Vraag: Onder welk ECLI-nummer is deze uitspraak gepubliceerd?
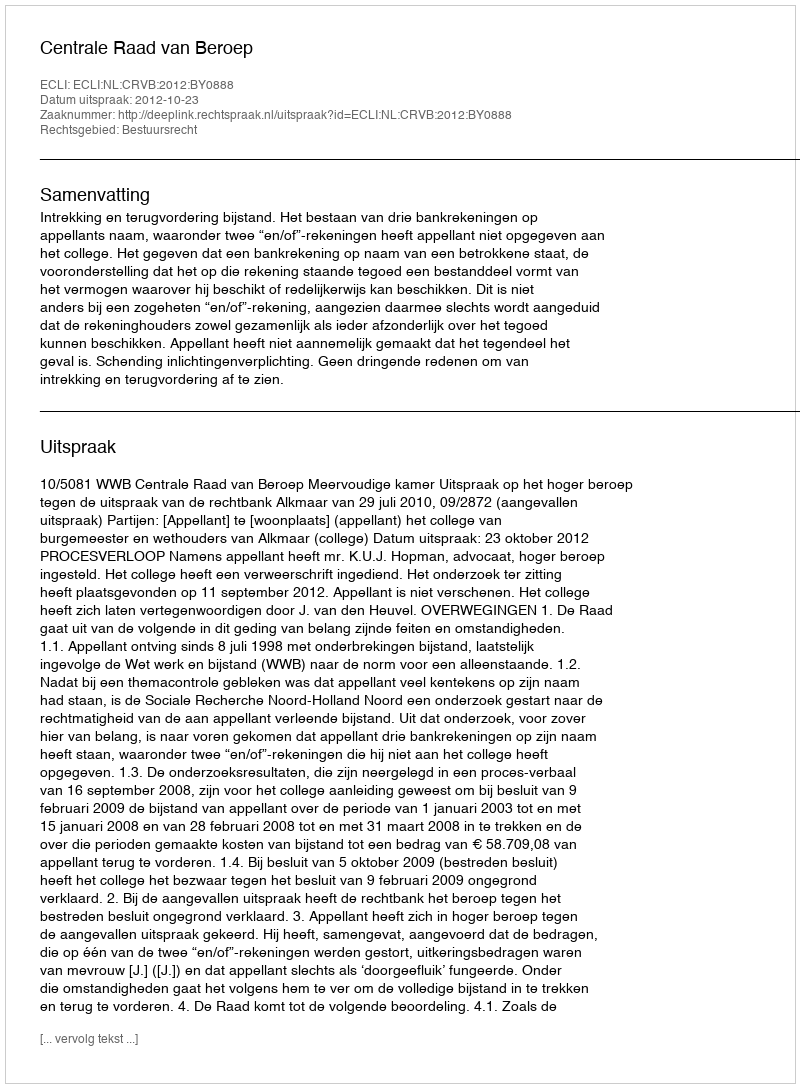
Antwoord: ECLI:NL:CRVB:2012:BY0888